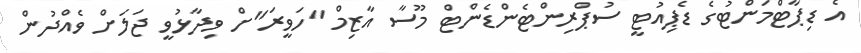
އެ ޑިޕާޓްމަންޓުގެ ޑެޕިއުޓީ ސުޕްރިންޓެންޑެންޓް މޫސާ އާޒިމް "ހަވީރަ"ށް ވިދާޅުވީ ޖަލަށް ވެއްދުން